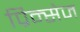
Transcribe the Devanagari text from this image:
प्रिन्सेज